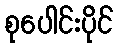
စုပေါင်းပိုင်